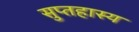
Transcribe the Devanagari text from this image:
सुप्तहास्य